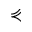
\curlyeqprec